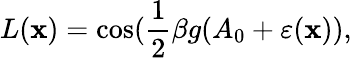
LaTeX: L({\mathbf x})=\cos(\frac{1}{2}\beta g(A_{0}+\varepsilon({\mathbf x})),